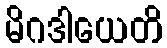
မိဂဒါယေတိ